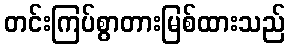
တင်းကြပ်စွာတားမြစ်ထားသည်